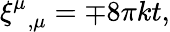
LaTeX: {\xi^{\mu}}_{,\mu}=\mp 8\pi kt,